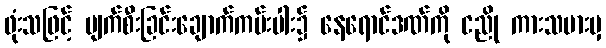
ဖုံးသဖြင့် ပျက်စီးခြင်းချောက်ကမ်းပါး၌ နေရောင်ဒဏ်ကို ငညို ကားသမားမှ